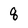
Character: q